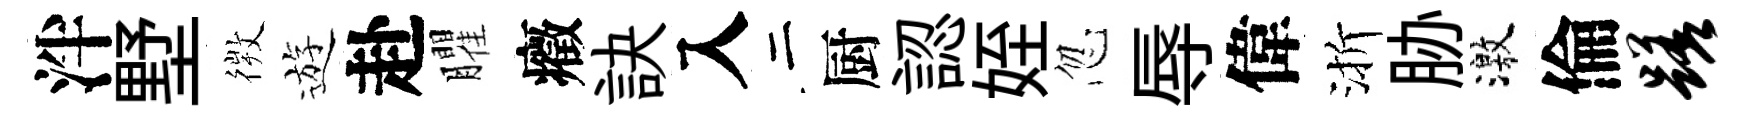
泮墅𢕄遊赴臞癥訣入二厨認姪忽辱偉渐胁激倫蹉